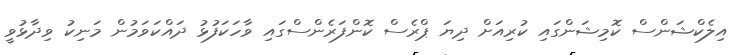
އިލެކްޝަންސް ކޮމިޝަންގައި ކުރިއަށް ދިޔަ ޕްރެސް ކޮންފަރެންސްގައި ވާހަކަފުޅު ދައްކަވަމުން މަނިކު ވިދާޅުވީ